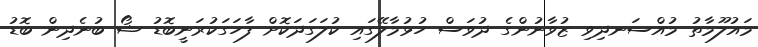
މައުލޫމާތު މުއްސަނދިވި ޒުވާނުންގެ ދުވަސް ހުޅުމާލޭގައި ކުލަގަދަކޮށް ފާހަގަކުރަނީބޮޑު ޝޯ ބުނެދިން ބޮޑު